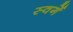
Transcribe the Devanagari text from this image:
स्वर्गे